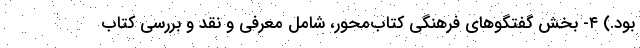
بود.) ۴- بخش گفتگوهای فرهنگی کتاب‌محور، شامل معرفی و نقد و بررسی کتاب